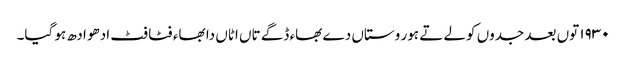
١٩٣٠ توں بعد جدوں کولے تے ہور وستاں دے بھاء ڈگے تاں اٹاں دا بھاء فٹا فٹ ادھو ادھ ہو گیا۔